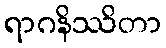
ရာဂနိဿိတာ